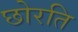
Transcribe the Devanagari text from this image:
छोरति